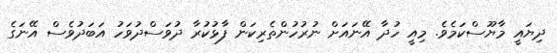
ދިޔައީ މާޔޫސްކަމެވެ. މިއީ ހުދާ އޭނައަށް ނުރުހުންތެރިކަން ފާޅުކުރާ ދުވަސްދުވަހު އަބަދުވެސް އޭނަގެ